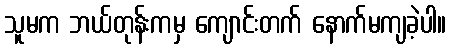
သူမက ဘယ်တုန်းကမှ ကျောင်းတက် နောက်မကျခဲ့ပါ။